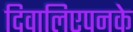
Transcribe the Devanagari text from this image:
दिवालिएपनके